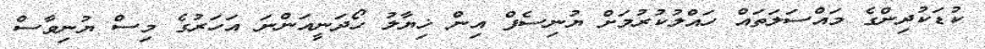
ކުޑަކުދިންގެ މައްސަލަތައް ހައްލުކުރުމަށް ޔުނިސެފް އިން ޚިޔާލު ހޯދަނީއަންނަ އަހަރުގެ މިސް ޔުނިވާސް